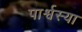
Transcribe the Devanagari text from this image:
पार्श्वस्या